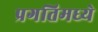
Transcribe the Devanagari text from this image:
प्रगतिमध्ये